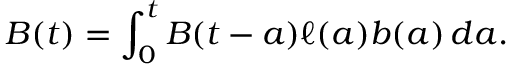
B ( t ) = \int _ { 0 } ^ { t } B ( t - a ) \ell ( a ) b ( a ) \, d a .